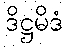
ဒိဋ္ဌမိဒံ